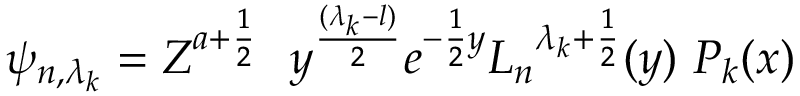
\psi _ { n , { \lambda _ { k } } } = Z ^ { a + \frac { 1 } { 2 } } \, \, \ y ^ { \frac { ( { \lambda _ { k } } - l ) } { 2 } } e ^ { - { \frac { 1 } { 2 } } y } { L _ { n } } ^ { { \lambda _ { k } } + { \frac { 1 } { 2 } } } ( y ) \, \, P _ { k } ( x )